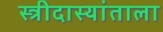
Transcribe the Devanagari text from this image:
स्त्रीदास्यांताला